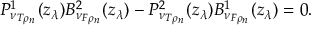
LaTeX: P _ { \nu _ { T \rho _ { n } } } ^ { 1 } ( z _ { \lambda } ) B _ { \nu _ { F \rho _ { n } } } ^ { 2 } ( z _ { \lambda } ) - P _ { \nu _ { T \rho _ { n } } } ^ { 2 } ( z _ { \lambda } ) B _ { \nu _ { F \rho _ { n } } } ^ { 1 } ( z _ { \lambda } ) = 0 .